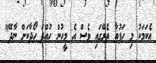
އެކަމަކު މި ހަފުތާ ތެރޭގައި ވެސް އެ މީހުން ހުއްދަ ހޯދާކަށް ނާދޭ"